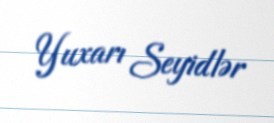
Yuxarı Seyidlər